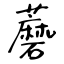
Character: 蘑